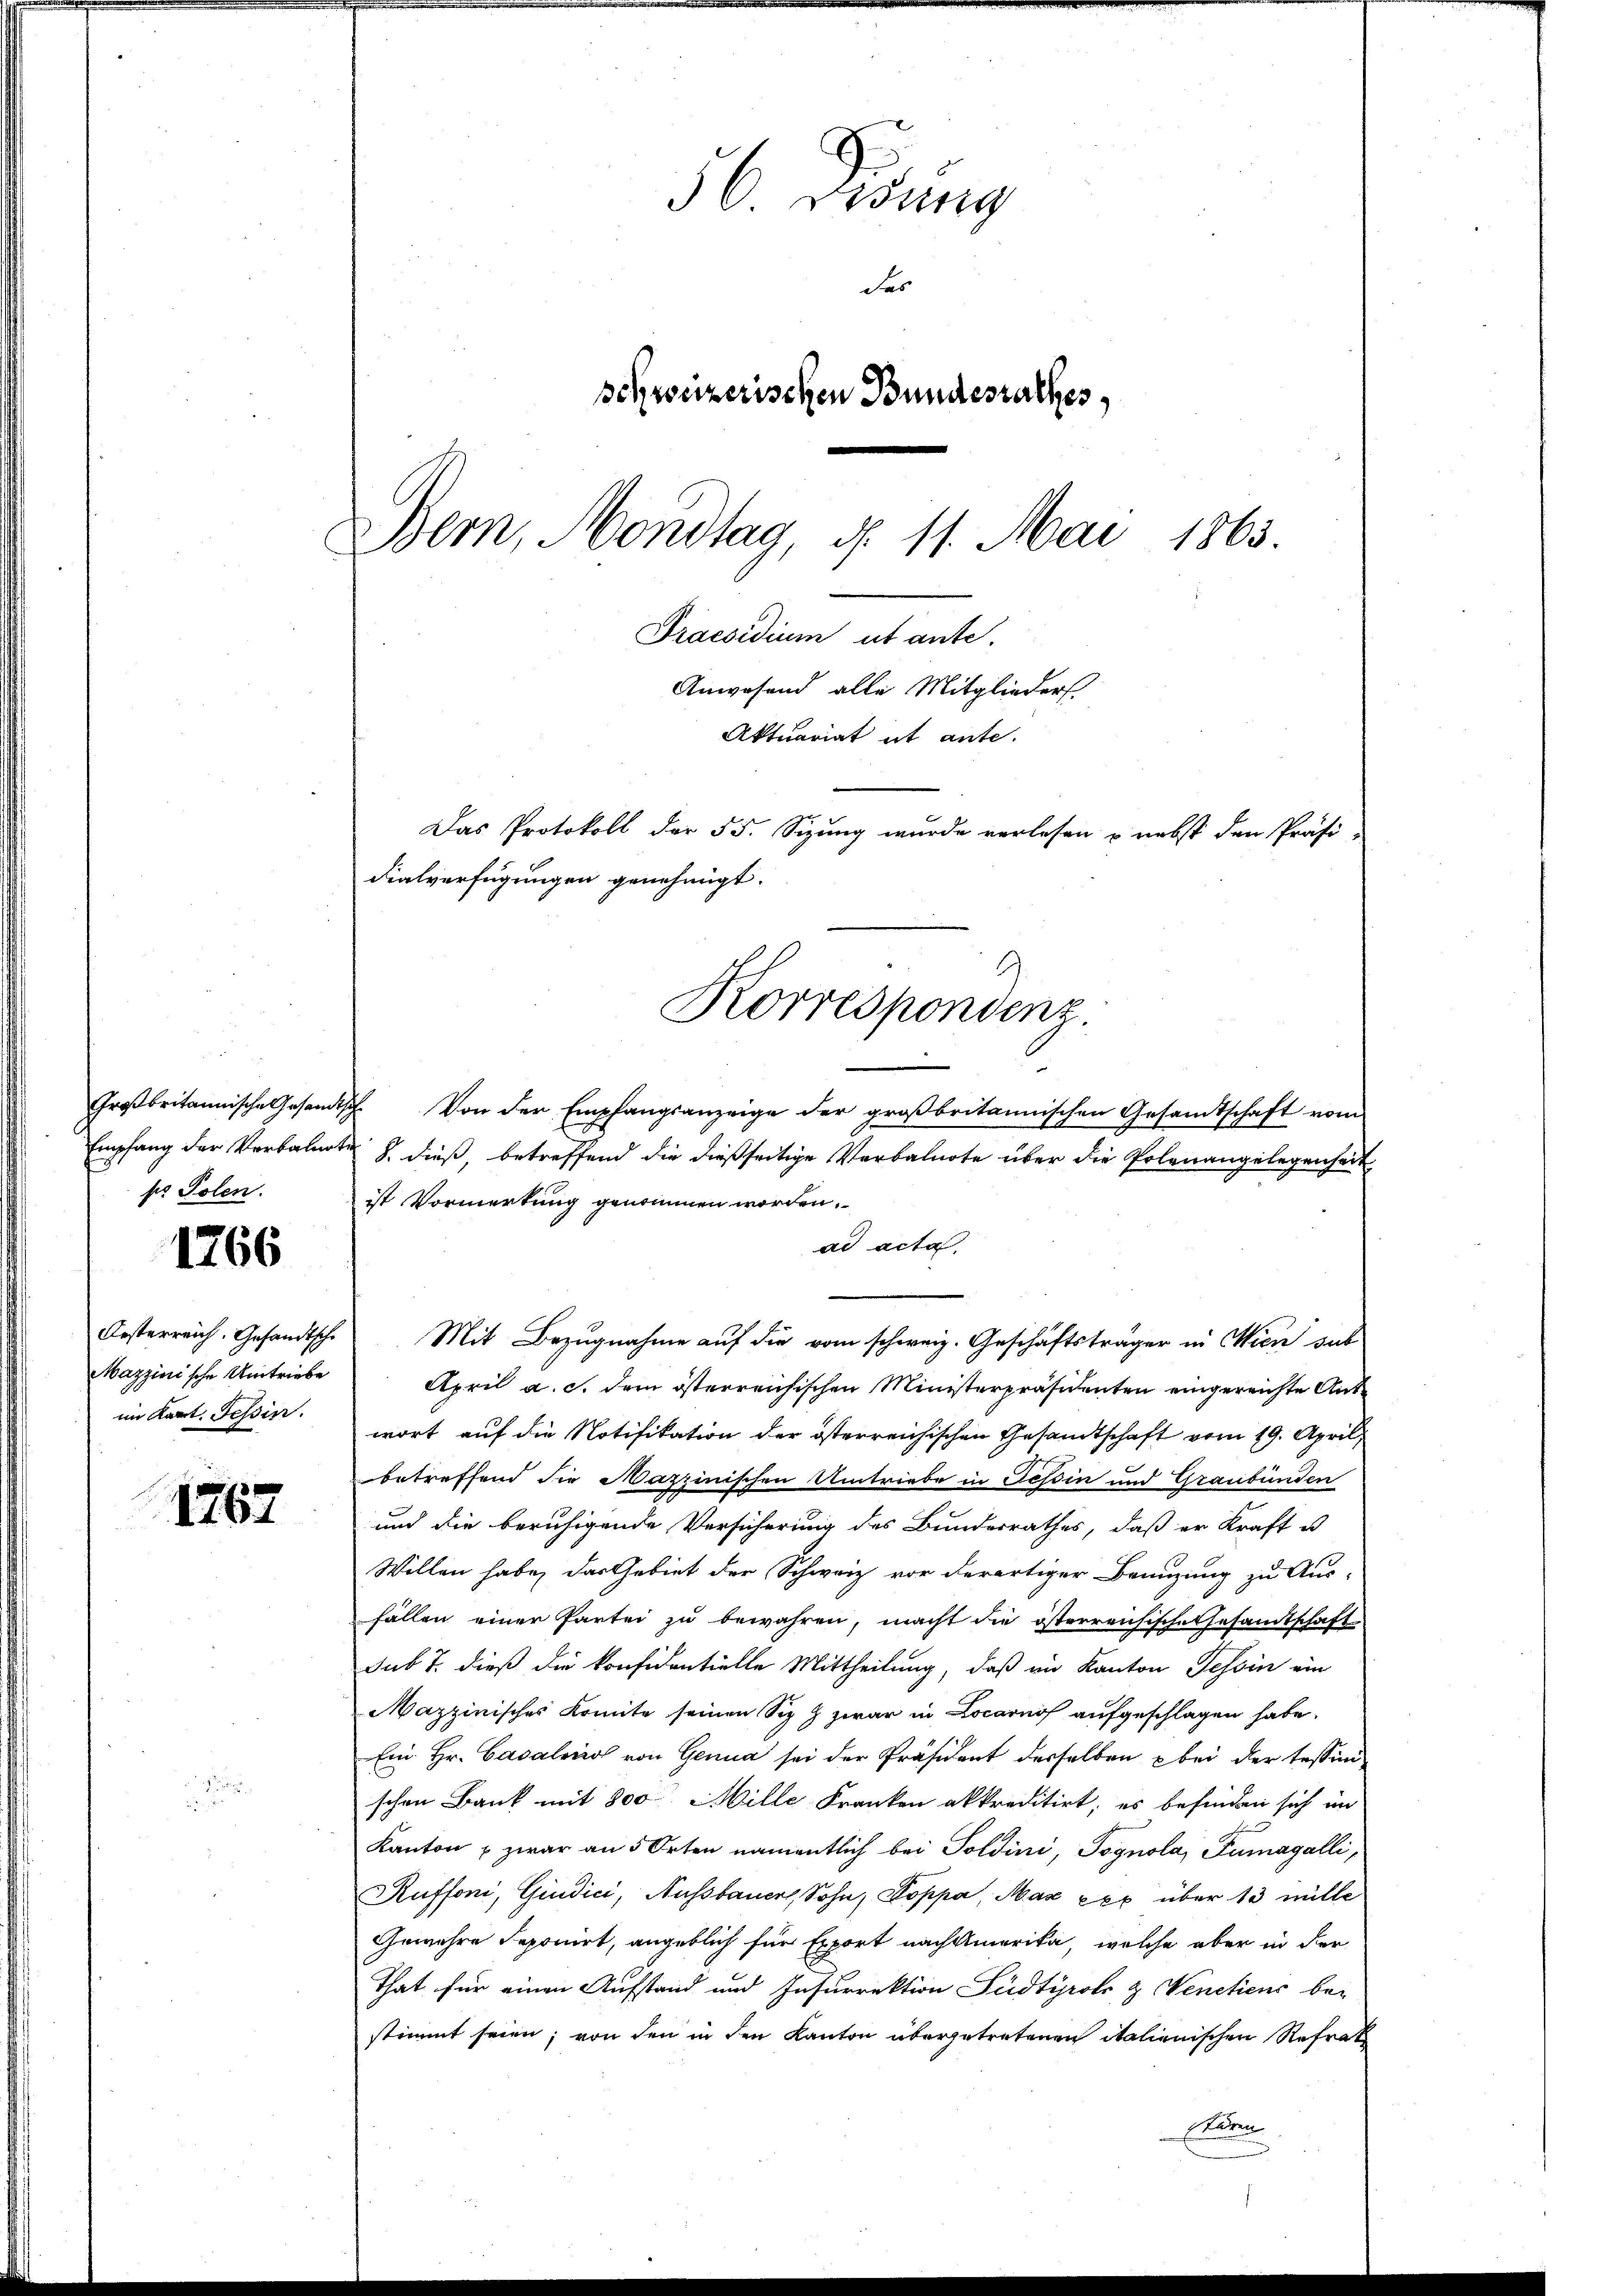
Empfang der Verbalnote
pr Polen.

1766

Oesterreich. Gesandtsche
Mazzinische Umtriebe
im Kant. Tessin.

1767.

36 redung
des
schweizerischen Bundesrathes,
Bern, Mondtag, d. 11. Mai 1863.
Praesidium ut ante.
Anwesend alle Mitglieders.
Aktuariat it ante.
Das Protokoll der 55. Sizung wurde verlesen u. nebst den Präsi-
dialverfügungen genehmigt.

Korrespondenz.

Großbritannische Gesandtsch. Von der Empfangsanzeige der großbritannischen Gesamtschaft vom
8. dieß, betreffend die dießseitige Verbalnote über die Polenangelegenheit
ist Vormerkung genommen worden.
ad acta
Mit Bezugnahme auf die vom schweiz. Geschäftsträger in Wien sub
April a. c. dem österreichischen Ministerpräsidenten eingereichte Antwort auf die Notifikation der österreichischen Gesamtschaft vom 19. April,
betreffend die Mazzinischen Umtriebe in Teßin und Graubünden
und die beruhigende Versicherung des Bundesrathes, daß er Kraft u
Willen habe, das Gebiet der Schweiz vor derartiger Bannzung zu Aus-
fällen einer Partei zu bewahren, macht die österreichische Gesandtschaft
sub 7. dieß die konfidentielle Mittheilung, daß im Kanton Tessin ein
Mazzinisches Komite seinen Siz Z zwar in Locarnof aufgeschlagen habe.
Ein Hr. Cavalino von Genua sei der Präsident derselben bei der Tessinischen Bank mit 800 Mille Franken akkreditirt, es befinden sich im
Kanton - zwar an 5 Orten namentlich bei Soldini, Pognola, Fumagalli,
Ruffoni, Giudici, Nussbauer, Sohn, Poppa, Max xxx über 13 mitte
Gewehre deponirt, angeblich für Export nach Amerika, welche aber in der
That für einen Aufstand und Insurrektion Südtirols & Venetiens be-
stimmt seien; von den in den Kanton übergetretenen italienischen Refrak
Leben